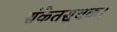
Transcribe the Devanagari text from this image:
संकेतसूचक।